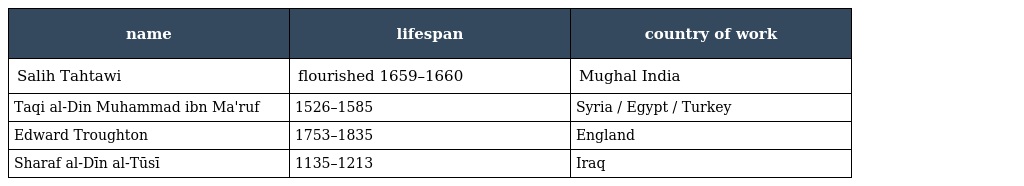
| name | lifespan | country of work |
 | --- | --- | --- |
 | Salih Tahtawi | flourished 1659–1660 | Mughal India |
 | Taqi al-Din Muhammad ibn Ma'ruf | 1526–1585 | Syria / Egypt / Turkey |
 | Edward Troughton | 1753–1835 | England |
 | Sharaf al-Dīn al-Tūsī | 1135–1213 | Iraq |